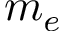
m _ { e }